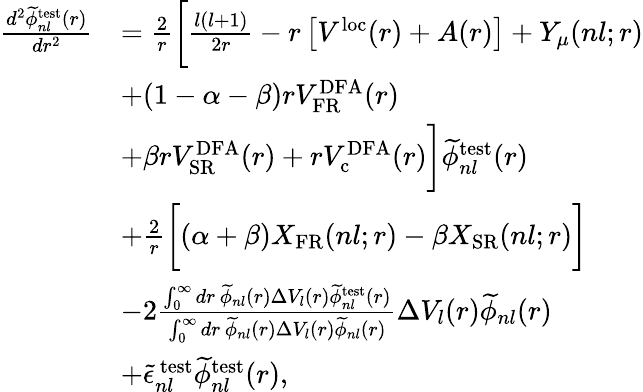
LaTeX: \begin{array}{rl}{\frac{d^{2}\widetilde{\phi}_{nl}^{\mathrm{test}}(r)}{dr^{2}}}&{=\frac{2}{r}\bigg[\frac{l(l+1)}{2r}-r\left[V^{\mathrm{loc}}(r)+A(r)\right]+Y_{\mu}(nl;r)}\\ &{+(1-\alpha-\beta)rV_{\mathrm{FR}}^{\mathrm{DFA}}(r)}\\ &{+\beta rV_{\mathrm{SR}}^{\mathrm{DFA}}(r)+rV_{\mathrm{c}}^{\mathrm{DFA}}(r)\bigg]\widetilde{\phi}_{nl}^{\mathrm{test}}(r)}\\ &{+\frac{2}{r}\bigg[(\alpha+\beta)X_{\mathrm{FR}}(nl;r)-\beta X_{\mathrm{{SR}}}(nl;r)\bigg]}\\ &{-2\frac{\int_{0}^{\infty}dr\, \widetilde{\phi}_{nl}(r)\Delta V_{l}(r)\widetilde{\phi}_{nl}^{\mathrm{test}}(r)}{\int_{0}^{\infty}dr\, \widetilde{\phi}_{nl}(r)\Delta V_{l}(r)\widetilde{\phi}_{nl}(r)}\Delta V_{l}(r)\widetilde{\phi}_{nl}(r)}\\ &{+\widetilde{\epsilon}_{nl}^{\mathrm{\, test}}\widetilde{\phi}_{nl}^{\mathrm{test}}(r),}\end{array}